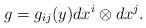
LaTeX: \begin{align*}g=g_{ij}(y)dx^i\otimes dx^j.\end{align*}